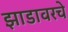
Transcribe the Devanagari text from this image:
झाडावरचे